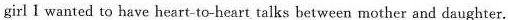
girl I wanted to have heart-to-heart talks between mother and daughter.